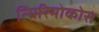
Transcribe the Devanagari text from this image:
त्सिरिमोकोस